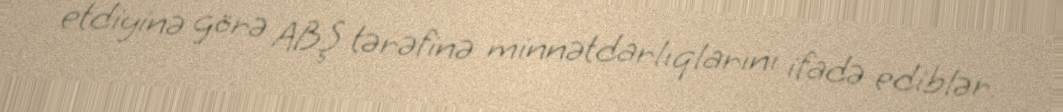
etdiyinə görə ABŞ tərəfinə minnətdarlıqlarını ifadə ediblər.